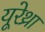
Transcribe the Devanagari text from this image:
यूरेथ्रा